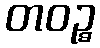
တဝဉ္စ